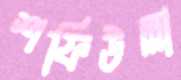
শফিউল্লা